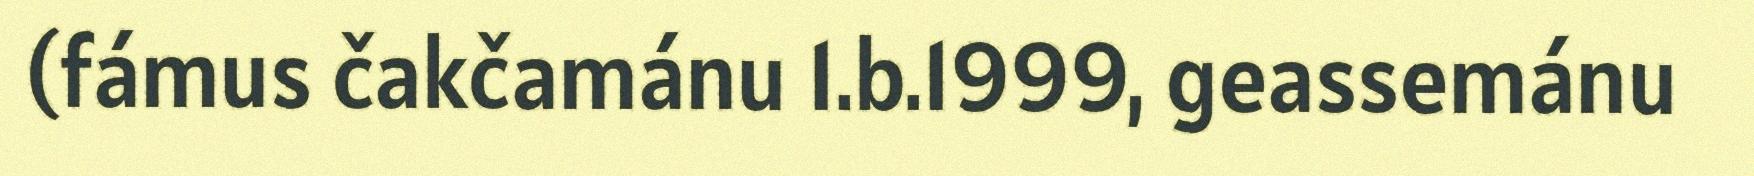
(fámus čakčamánu 1.b.1999, geassemánu